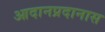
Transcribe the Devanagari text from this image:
आदानप्रदानास